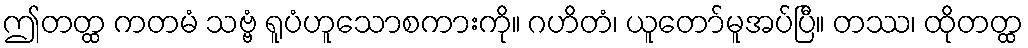
ဤတတ္ထ ကတမံ သဗ္ဗံ ရူပံဟူသောစကားကို။ ဂဟိတံ၊ ယူတော်မူအပ်ပြီ။ တဿ၊ ထိုတတ္ထ